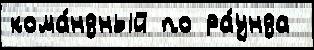
кома́ндный по ра́унда